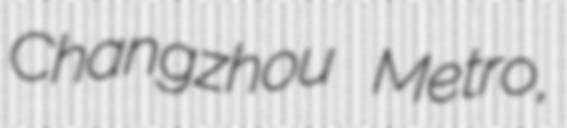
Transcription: Changzhou Metro,